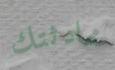
محادثتك